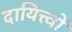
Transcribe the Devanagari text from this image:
दायित्त्वों